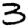
Digit: 3